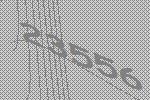
23556